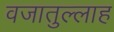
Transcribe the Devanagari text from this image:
वजातुल्लाह